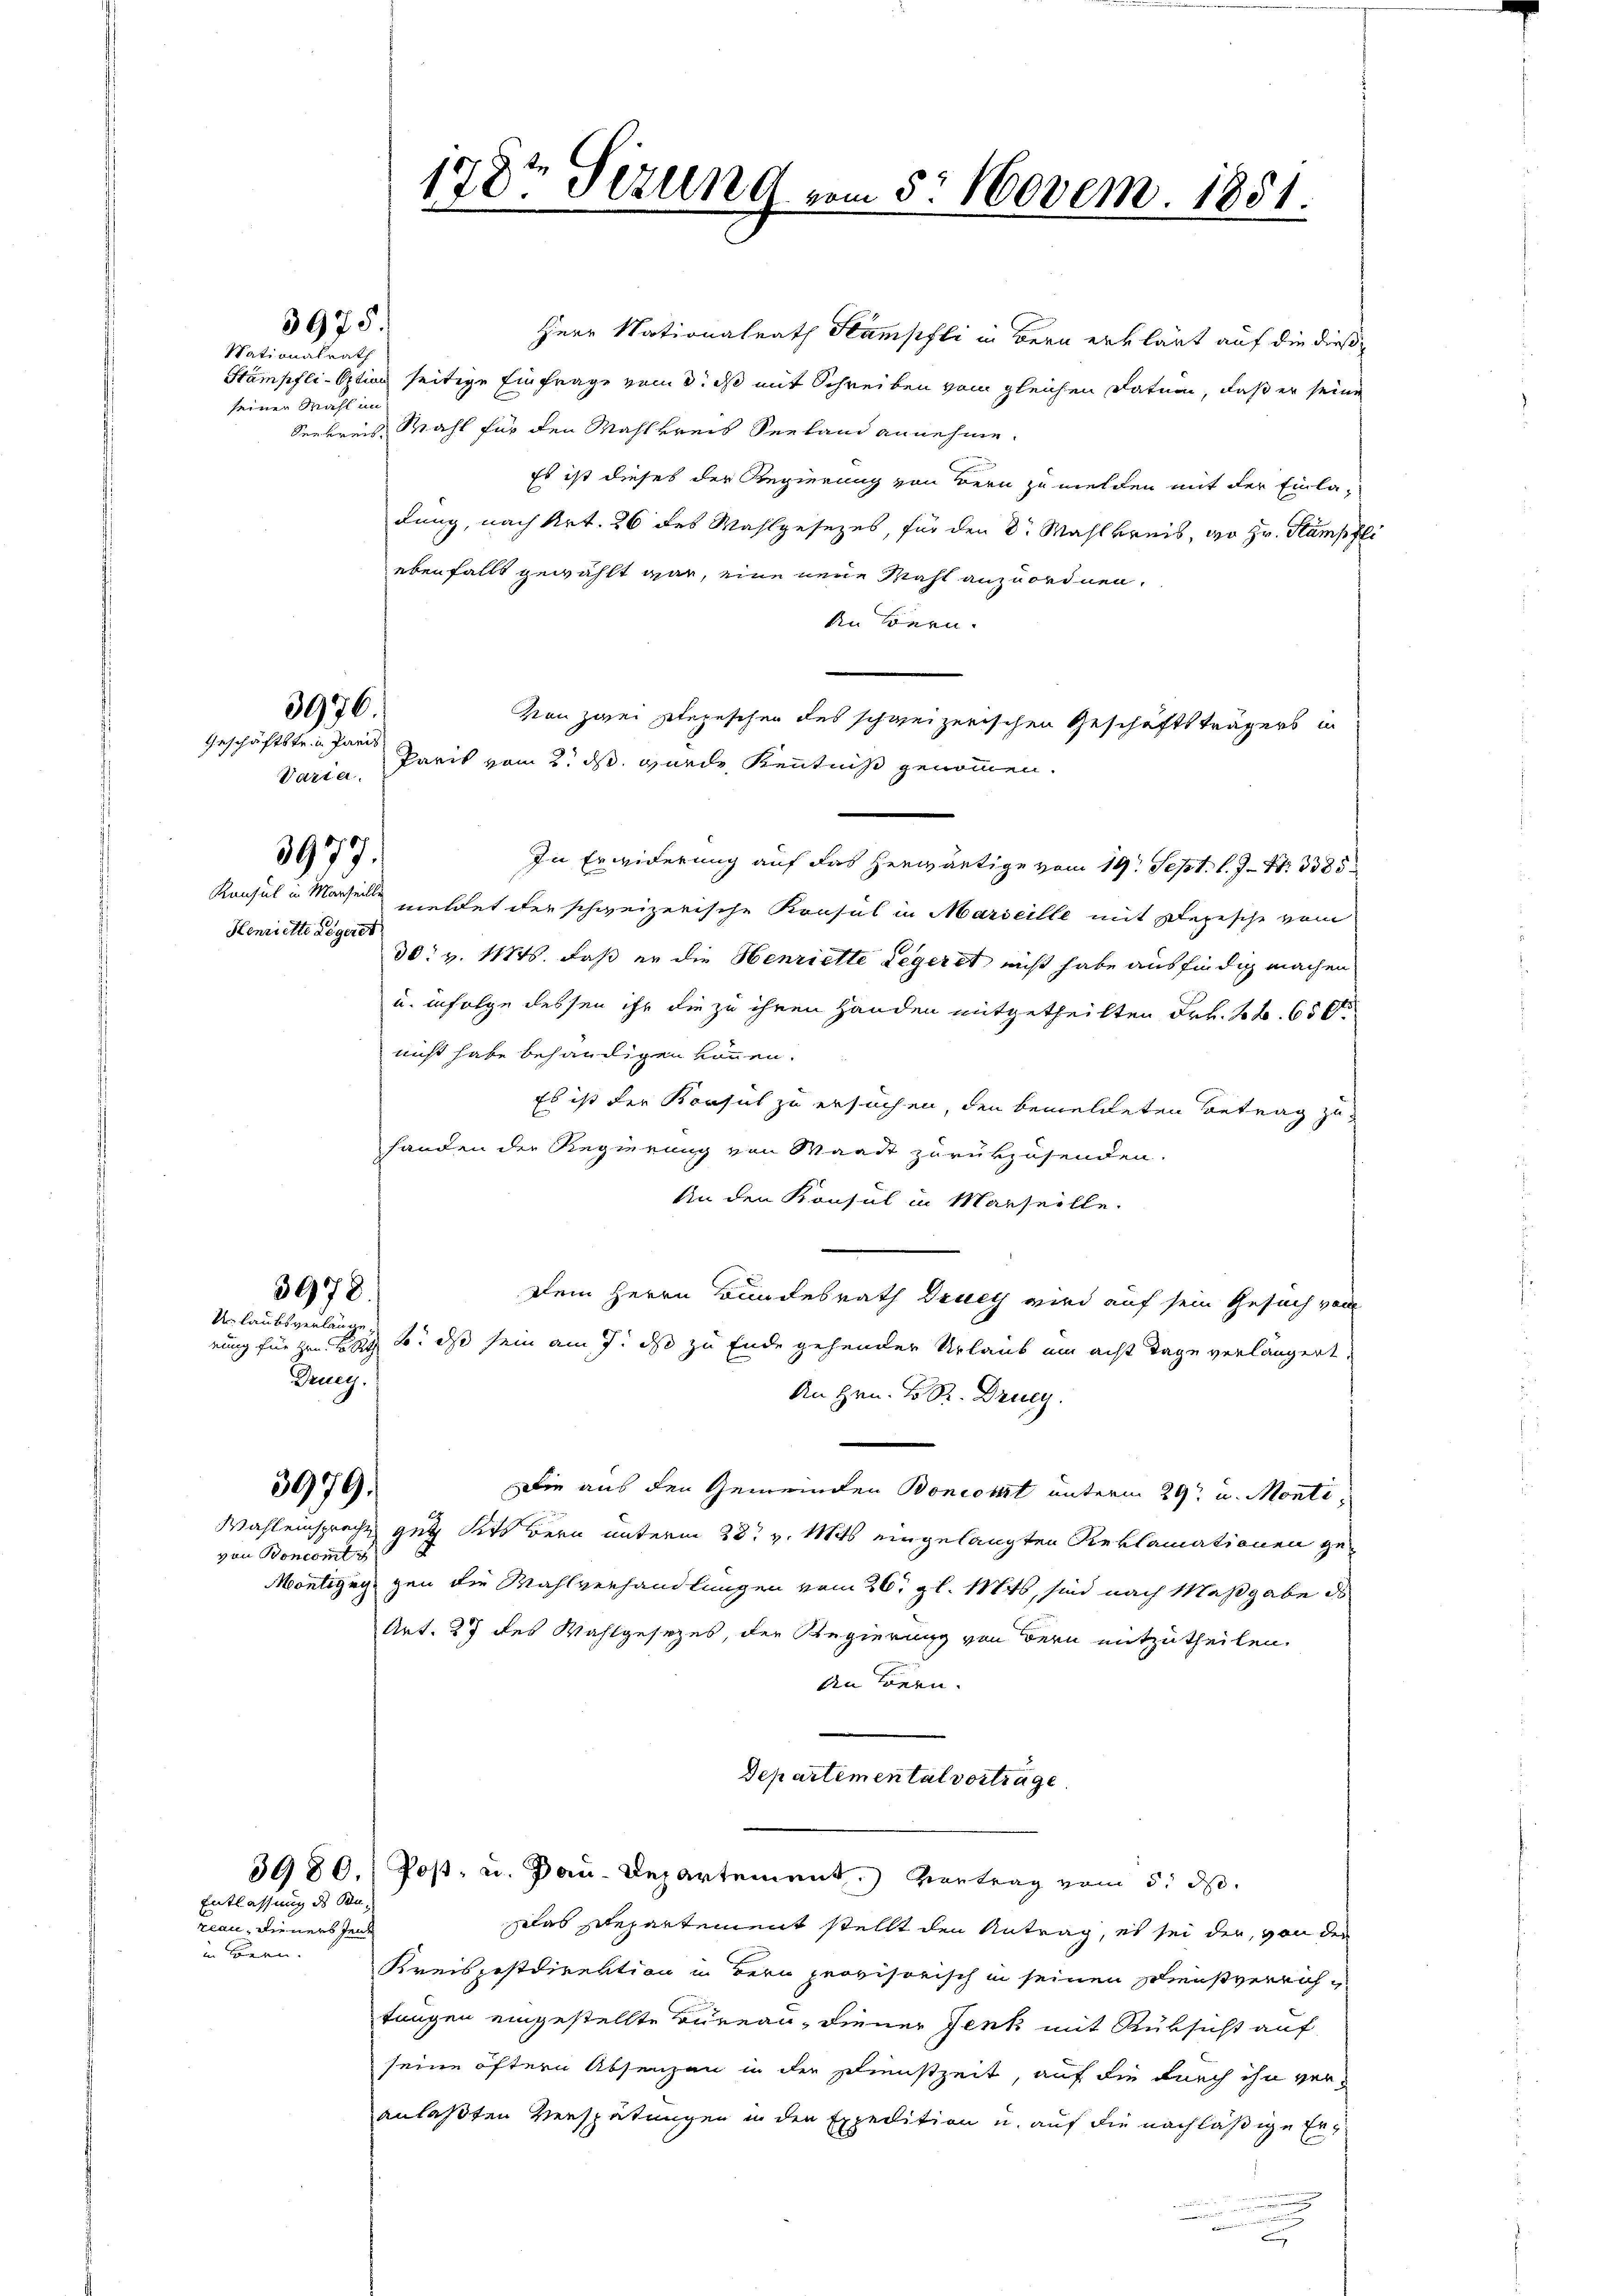
Nationalrath
seiner Wahl im

3975

3976
Geschäftstein Paris

Henriette Legerst

Urlaubsverlänge.
Deng.

3678.

3980.
Entlassung des San¬

3977.

3979.

von Roncomt

reau, dieners Jen
Bern. |

178te Sezung vom 5. Novem. 1851.

Herr Nationalrath Hampfli in Bern erklärt auf die dieß¬
Stämpfli - Option seitige Einfrage vom 3. ds mit Schreiben vom gleichen Datum, daß er seine
Seekreis Wahl für den Mahlkreis Seeland annehme.
Es ist dieses der Regierung von Bern zu melden mit der Einladung, nach Art. 26 des Wahlgesezes, für den Dr. Wahlkreis, wo Hr. Stampfli
ebenfalls gewählt war, eine neue Mahl anzuordnen.
An Bern.
Von zwei gelegeschen des schweizerischen Geschäftsträgers in
Varia, Paris vom 2. ds. wurde Kenntniß genommen.
In Erwiderung auf das herwärtige vom 19. Sept. l. J. N. 3385
Konsul in Marsen meldet der schweizerische Konsul in Marseille mit Depesche vom
30. v. 1184. daß er die Henriette Legeret nicht habe ausfindig machen
u. infolge dessen ihr die zu ihren Handen mitgetheilten Frk. 2 t. 650
nicht habe behändigen können.
Es ist der Konsul zu ersuchen, den bemeldeten Betrag zuhanden der Regierung von Waadt zurükzusenden.
An den Konsul in Marseille.
Dem Herrn Bundesrath Drucy wird auf sein Gesuch von
rung für den da u. daß sein am 7. ds zu Ende gehender Urlaub um acht Tage verlängert.
An Hrn. F. Sr. Drucy.
Die aus den Gemeinden Boniomt unterm 29ten u. Monte
Wahl einsprache gut dits Bern unterm 28t v. Mts. eingelangten Reklamationen ge¬
Montigig gen die Wahlverhandlungen vom 26. gl. Mts., sind nach Maßgabe de
Art. 27 des Wahlgesezes, der Regierung von Bern mitzutheilen.
An Bern.
Departemental vortrage.

Das Departement stellt den Antrag, es sei der, von der
Kreispostdirektion in Bern provisorisch in seinen Schreisverrichtungen eingestellte Bureau, diener Jenk mit Rüksicht auf
seine öftern Absenzen in der Dienstzeit, auf die durch ihn veranlaßten Verspätungen in der Expedition u. auf die nachläßige Erde
u

Post- u. Bau-Departement.) Vertrag vom 5. ds.